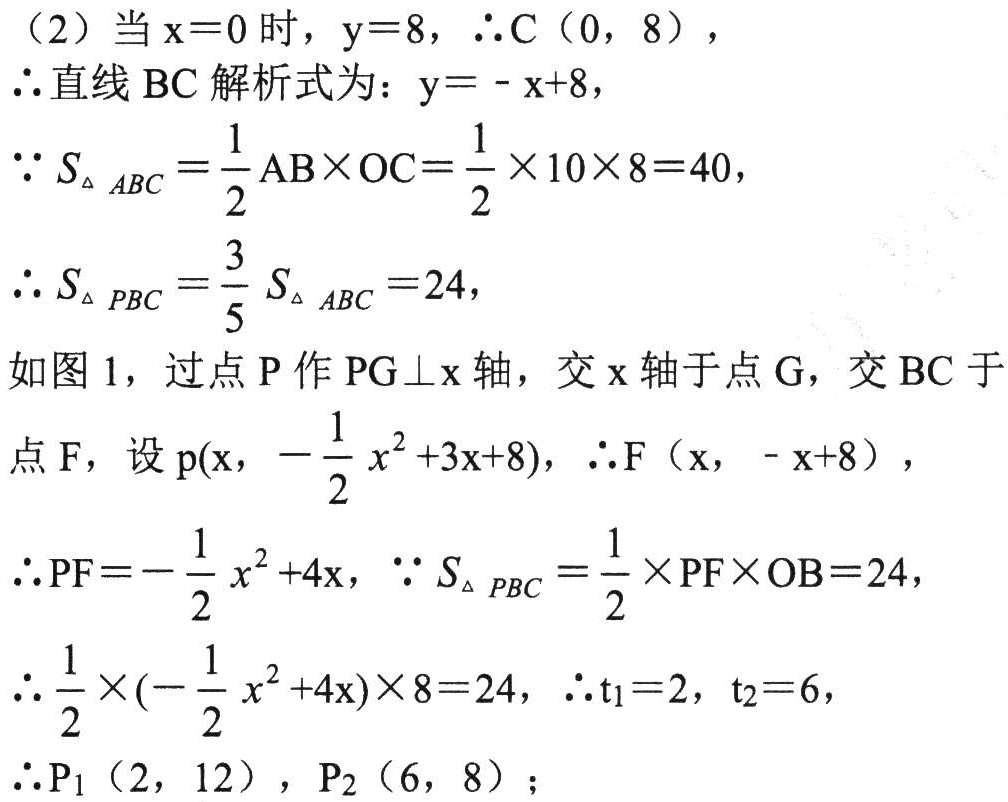
（2）当$\mathrm{x}=0$时，$\mathrm{y}=8$，$\therefore\mathrm{C}(0,8)$，
$\therefore$直线$\mathrm{BC}$解析式为：$\mathrm{y}=-\mathrm{x}+8$，
$\because S_{\triangle ABC}=\frac{1}{2}\mathrm{AB}\times\mathrm{OC}=\frac{1}{2}\times10\times8 = 40$，
$\therefore S_{\triangle PBC}=\frac{3}{5}S_{\triangle ABC}=24$，
如图1，过点$\mathrm{P}$作$\mathrm{PG}\perp\mathrm{x}$轴，交$\mathrm{x}$轴于点$\mathrm{G}$，交$\mathrm{BC}$于点$\mathrm{F}$，设$\mathrm{p}(\mathrm{x},-\frac{1}{2}x^{2}+3\mathrm{x}+8)$，$\therefore\mathrm{F}(\mathrm{x},-\mathrm{x}+8)$，
$\therefore\mathrm{PF}=-\frac{1}{2}x^{2}+4\mathrm{x}$，$\because S_{\triangle PBC}=\frac{1}{2}\times\mathrm{PF}\times\mathrm{OB}=24$，
$\therefore\frac{1}{2}\times(-\frac{1}{2}x^{2}+4\mathrm{x})\times8 = 24$，$\therefore\mathrm{t}_{1}=2$，$\mathrm{t}_{2}=6$，
$\therefore\mathrm{P}_{1}(2,12)$，$\mathrm{P}_{2}(6,8)$；